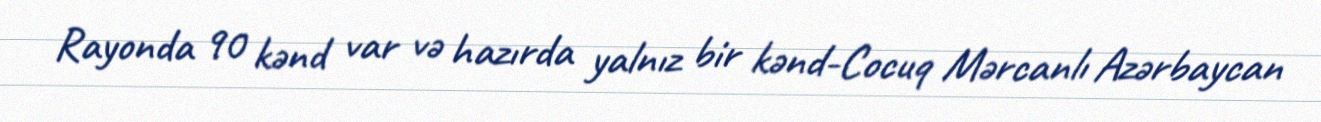
Rayonda 90 kənd var və hazırda yalnız bir kənd-Cocuq Mərcanlı Azərbaycan